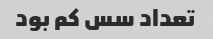
تعداد سس کم بود